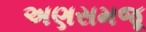
અણસમજૂ